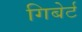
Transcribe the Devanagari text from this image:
गिबेर्ट